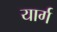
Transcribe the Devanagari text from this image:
यार्ग